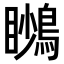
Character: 𪃦